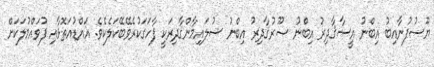
ޔޫސުފުނާއިބު އިބްނު އީސާޤާދިރު އިބްނު ޞޫރުޤާދިރު އިބްނު ސުލައިމާންޤާދިރަކީ ފާހަގަކުރެވޭބޭކަލެކެވެ. އައްޑުއަތޮޅާއި ފުވައްމުލަކަށް